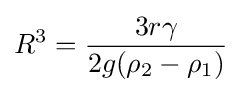
R^{3}={\frac {3r\gamma }{2g(\rho _{2}-\rho _{1})}}\!